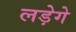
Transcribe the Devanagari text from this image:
लड़ेगे